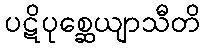
ပဋိပုစ္ဆေယျာသီတိ